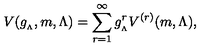
V ( g _ { _ { \Lambda } } , m , \Lambda ) = \sum _ { r = 1 } ^ { \infty } g _ { _ { \Lambda } } ^ { r } V ^ { ( r ) } ( m , \Lambda ) ,